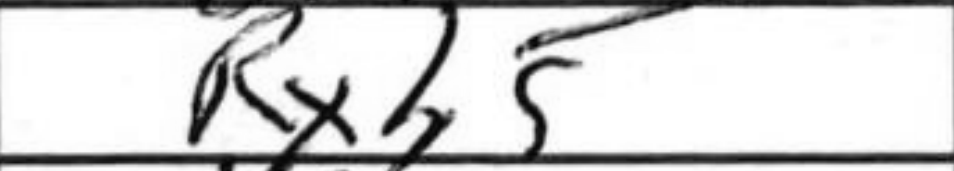
Transcription: Rxh5